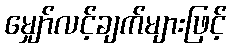
မျှော်လင့်ချက်များဖြင့်